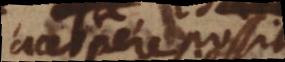
accipere possit